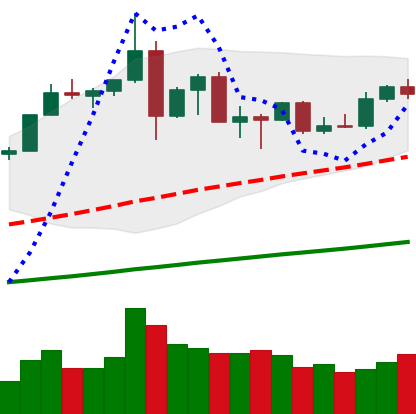
Ticker: ETH-USD
Chart end date: 2019-07-09
Forward return: -26.322%
Label: down_7plus